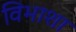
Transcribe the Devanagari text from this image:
विभाशा